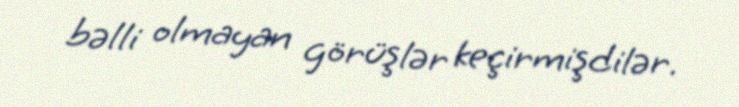
bəlli olmayan görüşlər keçirmişdilər.